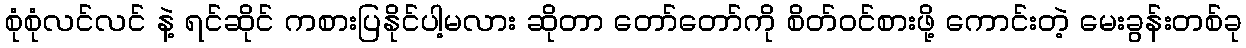
စုံစုံလင်လင် နဲ့ ရင်ဆိုင် ကစားပြနိုင်ပါ့မလား ဆိုတာ တော်တော်ကို စိတ်ဝင်စားဖို့ ကောင်းတဲ့ မေးခွန်းတစ်ခု